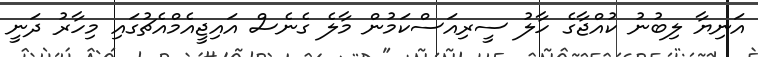
އަނިޔާ ލިބުނު ކުއްޖާގެ ހާލު ސީރިއަސްކަމުން މާލެ ގެނެސް އައިޖީއެމްއެޗުގައި މިހާރު ދަނީ